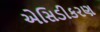
એસિડીકરણ